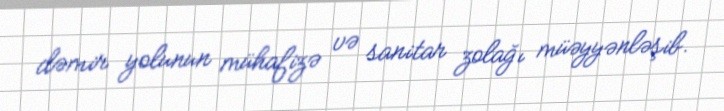
dəmir yolunun mühafizə və sanitar zolağı müəyyənləşib.